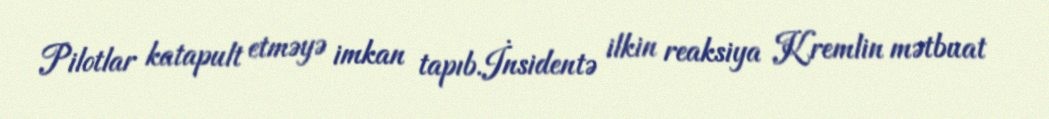
Pilotlar katapult etməyə imkan tapıb.İnsidentə ilkin reaksiya Kremlin mətbuat